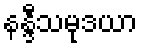
နန္ဒီသမုဒယာ